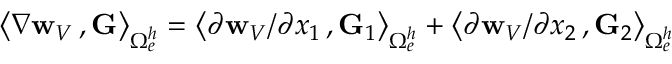
\big \langle \nabla { { \bf w } _ { V } } \, , { \bf G } \big \rangle _ { \Omega _ { e } ^ { h } } = \big \langle \partial { { \bf w } _ { V } } / \partial x _ { 1 } \, , { \bf G } _ { 1 } \big \rangle _ { \Omega _ { e } ^ { h } } + \big \langle \partial { { \bf w } _ { V } } / \partial x _ { 2 } \, , { \bf G } _ { 2 } \big \rangle _ { \Omega _ { e } ^ { h } }